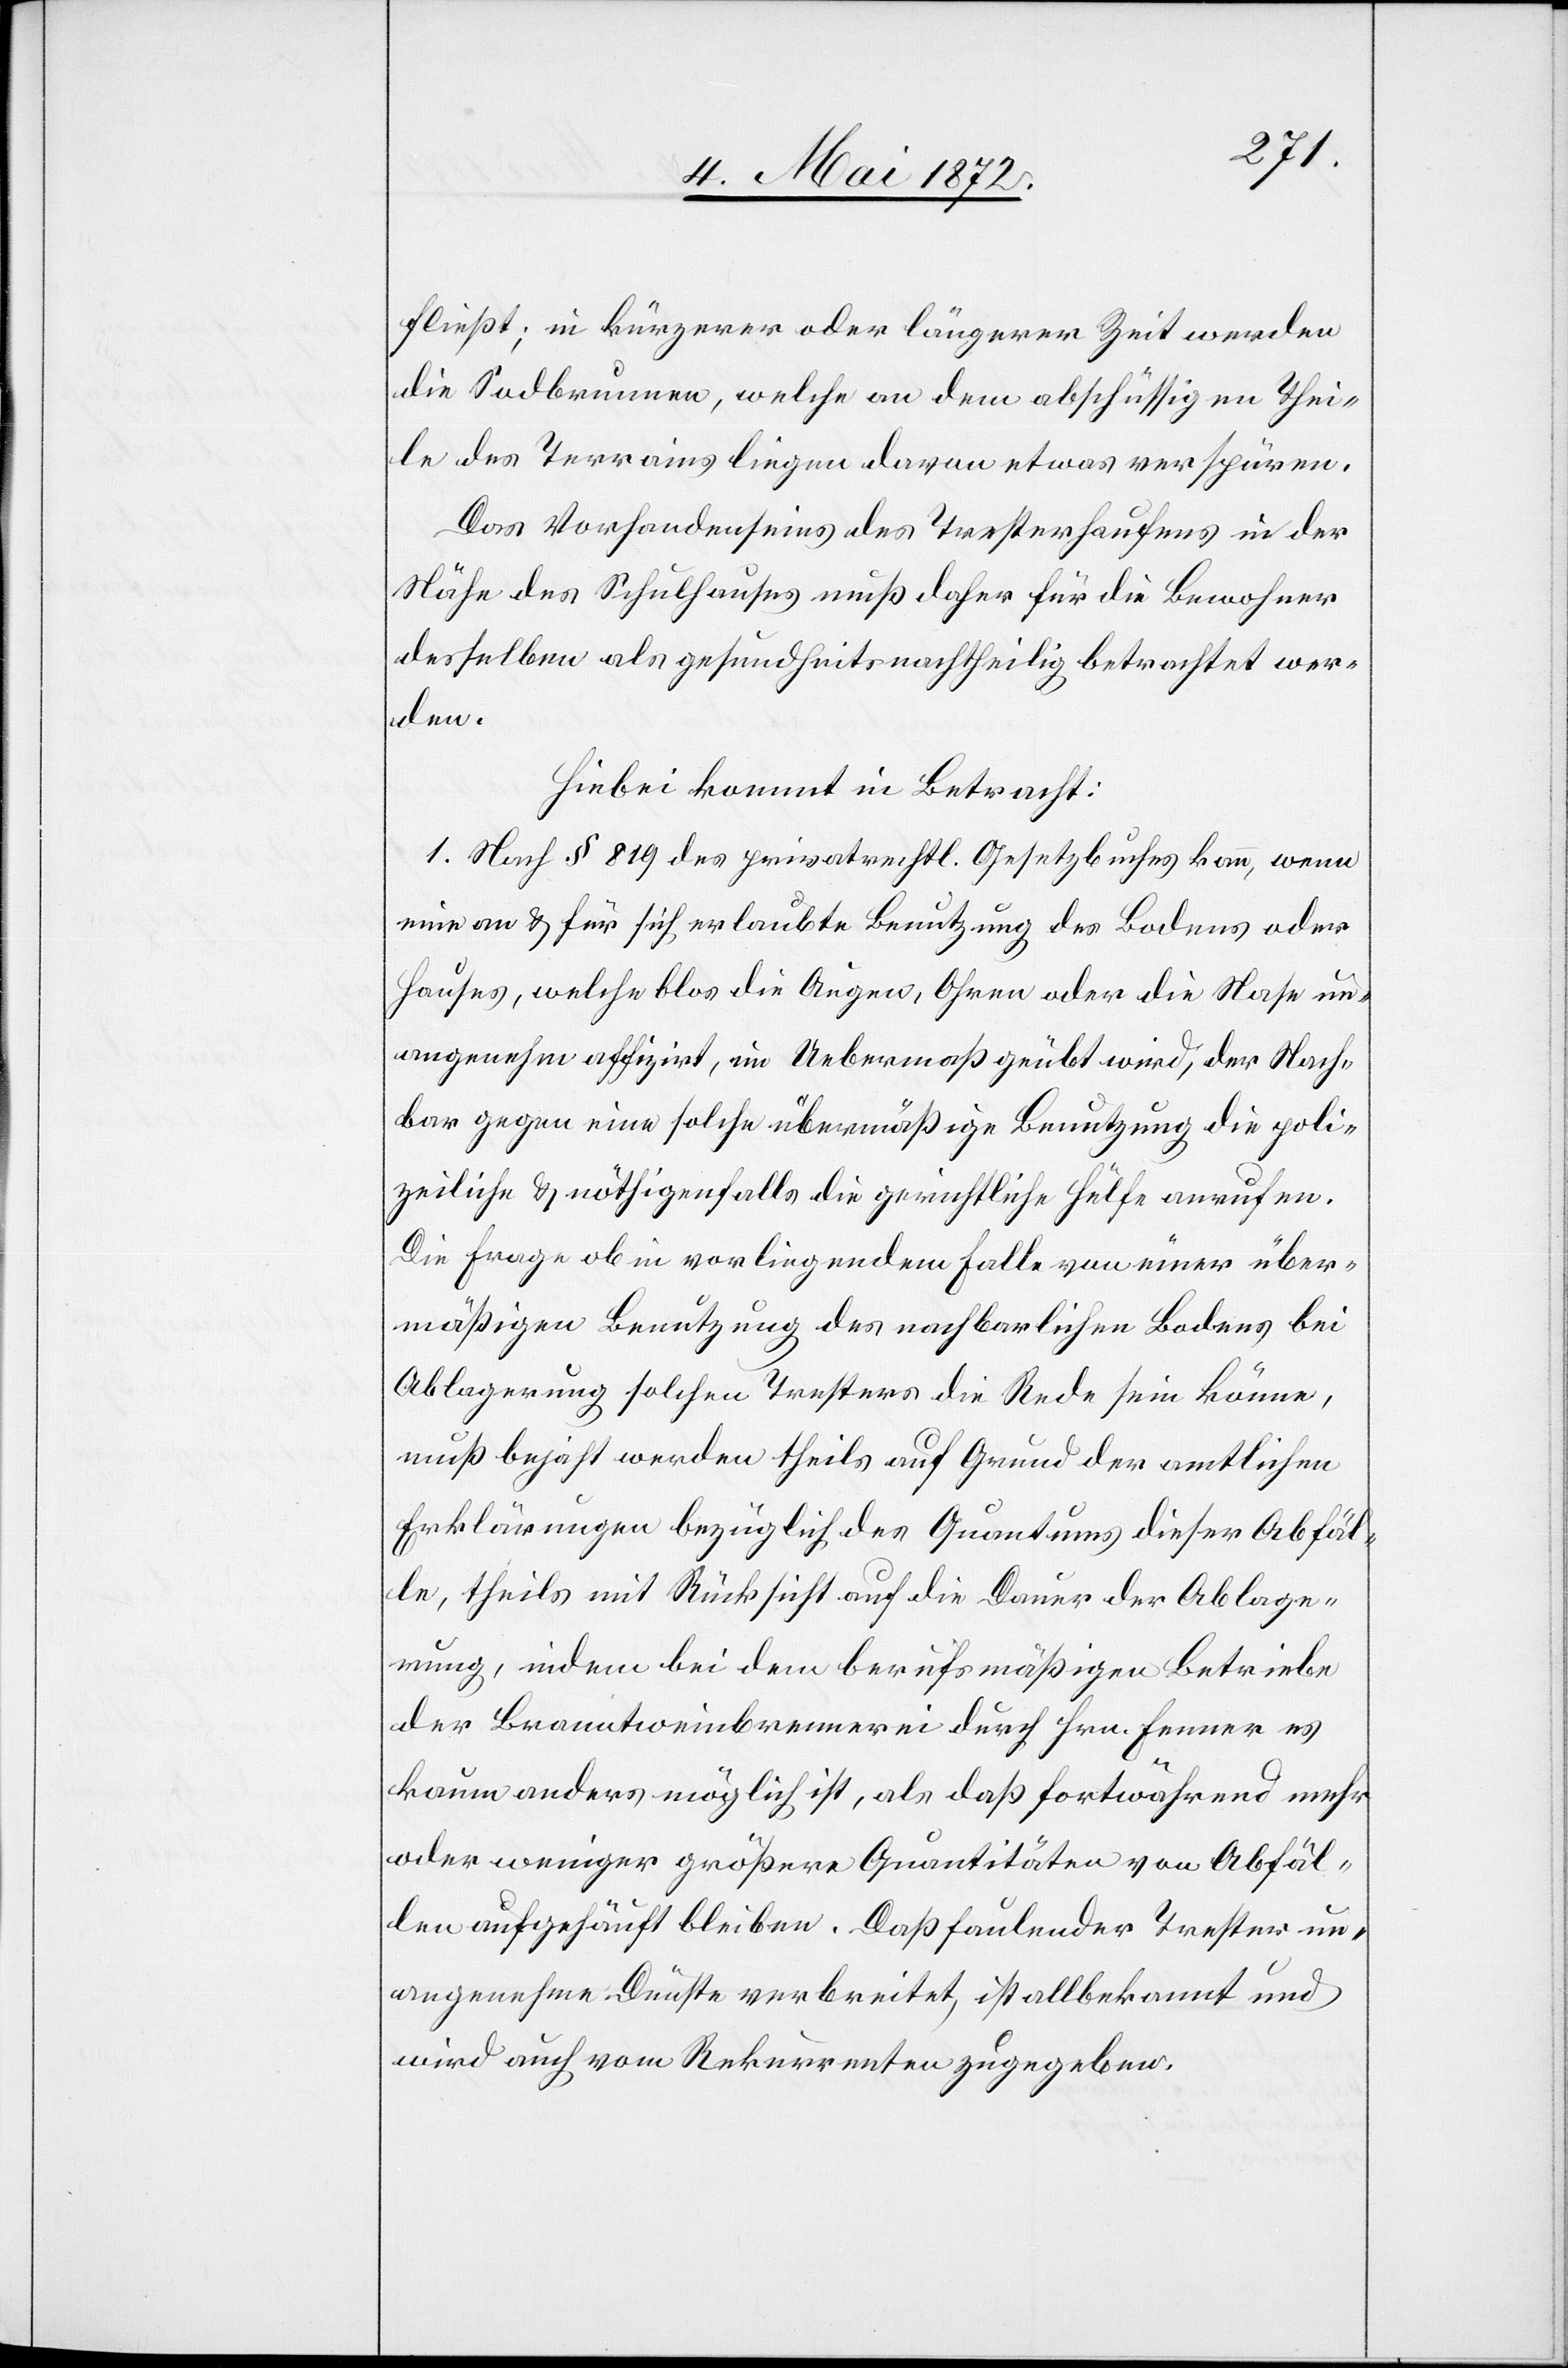
fließt; in kürzerer oder längerer Zeit werden
die Sodbrunnen, welche an dem abschüssigen Thei¬
le des Terrains liegen daran etwas verspüren.
Das Vorhandenseins [sic!] des Tresterhaufens in der
Nähe des Schulhauses muß daher für die Bewohner
desselben als gesundheitsnachtheilig betrachtet wer¬
den.
Hiebei kommt in Betracht:
1. Nach § 819 des privatrechtl. Gesetzbuches kann, wenn
eine an u. für sich erlaubte Benutzung des Bodens oder
Hauses, welche blos die Augen, Ohren oder die Nase un¬
angenehm affizirt, im Uebermaß geübt wird, der Nach¬
bar gegen eine solche übermäßige Benutzung die poli¬
zeiliche u. nöthigenfalls die gerichtliche Hülfe anrufen.
Die Frage ob in vorliegendem Falle von einem über¬
mäßigen Benutzung des nachbarlichen Bodens bei
Ablagerung solchen Tresters die Rede sein könne,
muß bejaht werden theils auf Grund der amtlichen
Erklärungen bezüglich des Quantums dieser Abfäl¬
le, theils mit Rücksicht auf die Dauer der Ablage¬
rung, indem bei dem berufsmäßigen Betriebe
der Branntweinbrennerei durch Hrn. Fenner es
kaum anders möglich ist, als daß fortwährend mehr
oder weniger größere Quantitäten von Abfäl¬
len aufgehäuft bleiben. Daß faulender Trester un¬
angenehme Dünste verbreitet, ist allbekannt und
wird auch vom Rekurrenten zugegeben.